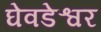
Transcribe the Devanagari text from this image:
घेवडेश्वर